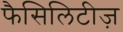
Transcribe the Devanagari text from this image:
फैसिलिटीज़